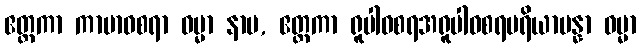
ဧတ္တကာ ကာမာဝစရာ ဓမ္မာ နာမ, ဧတ္တကာ ရူပါဝစရအရူပါဝစရပရိယာပန္နာ ဓမ္မာ